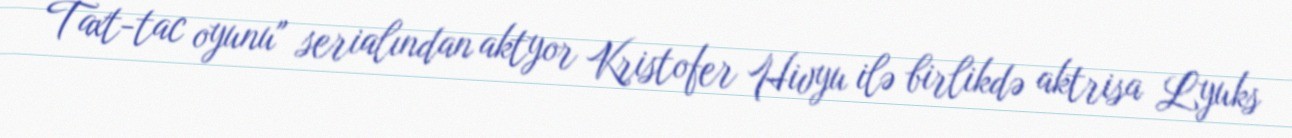
Taxt-tac oyunu" serialından aktyor Kristofer Hivyu ilə birlikdə aktrisa Lyuks